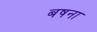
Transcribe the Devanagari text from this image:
बषना